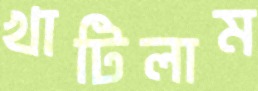
খাটিলাম